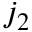
j _ { 2 }